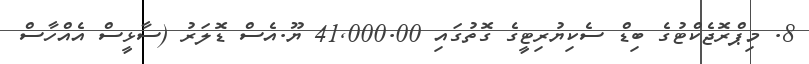
8. މިޕްރޮޖެކްޓުގެ ބިޑް ސެކިޔުރިޓީގެ ގޮތުގައި 41